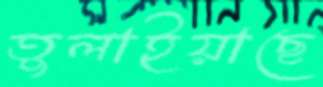
তুলাইয়াছে